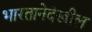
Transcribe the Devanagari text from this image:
भारतानेदेखील